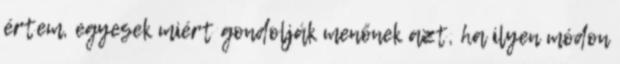
értem, egyesek miért gondolják menőnek azt, ha ilyen módon